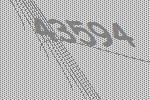
43594